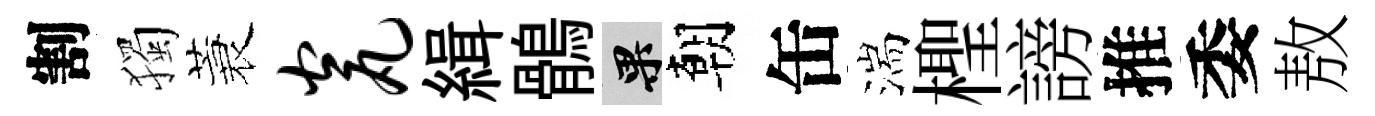
割獨蓑瓮緝鶻果朝缶湍檉謗推委敖